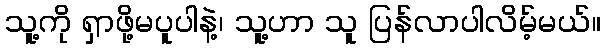
သူ့ကို ရှာဖို့မပူပါနဲ့၊ သူ့ဟာ သူ ပြန်လာပါလိမ့်မယ်။